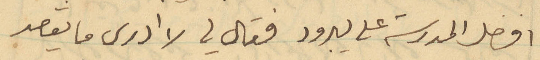
افضل المدرسة على يبرود فقال لي لا ادرى ما يقصد